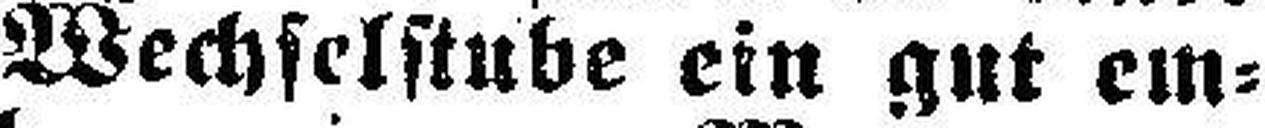
Wechselstube ein gut em¬